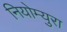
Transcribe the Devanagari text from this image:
नियोम्युरा